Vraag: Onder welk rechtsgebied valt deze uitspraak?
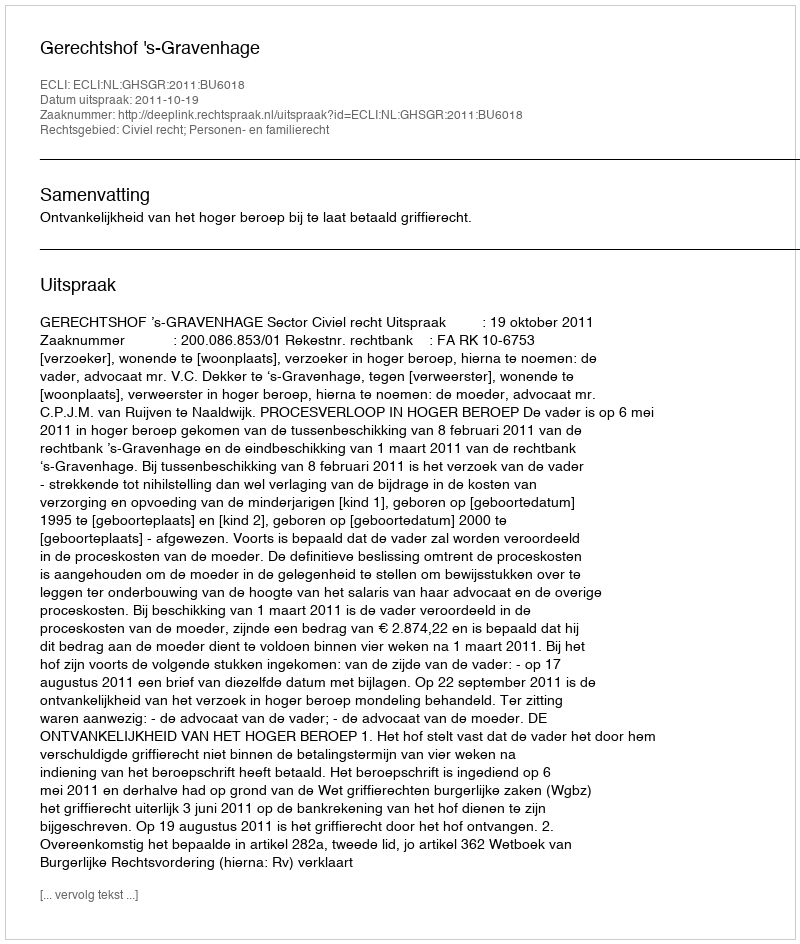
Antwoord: Civiel recht; Personen- en familierecht